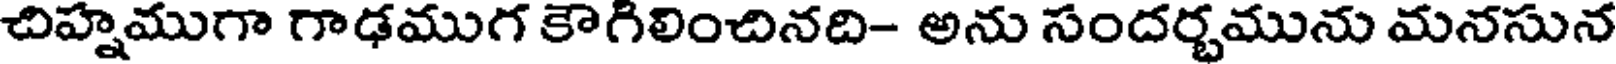
చిహ్నముగా గాఢముగ కౌగిలించినది- అను సందర్భమును మనసున